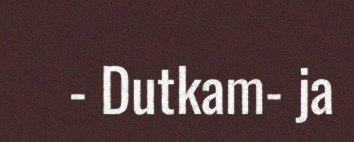
- Dutkam- ja